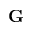
\mathbf { G }